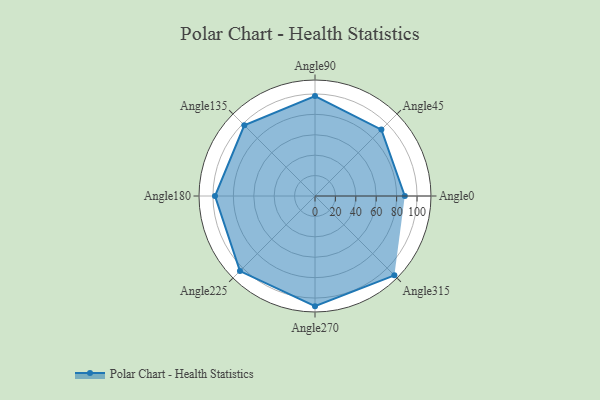
{"axis": {"x": "Angle", "y": "Radius"}, "legend": [""], "data": [{"x": "Angle0", "y": 88.0, "type": ""}, {"x": "Angle45", "y": 92.0, "type": ""}, {"x": "Angle90", "y": 98.0, "type": ""}, {"x": "Angle135", "y": 98.0, "type": ""}, {"x": "Angle180", "y": 98.0, "type": ""}, {"x": "Angle225", "y": 104.0, "type": ""}, {"x": "Angle270", "y": 108.0, "type": ""}, {"x": "Angle315", "y": 110.0, "type": ""}]}